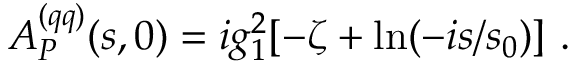
A _ { \cal P } ^ { ( q q ) } ( s , 0 ) = i g _ { 1 } ^ { 2 } [ - \zeta + \ln ( - i s / s _ { 0 } ) ] \ .